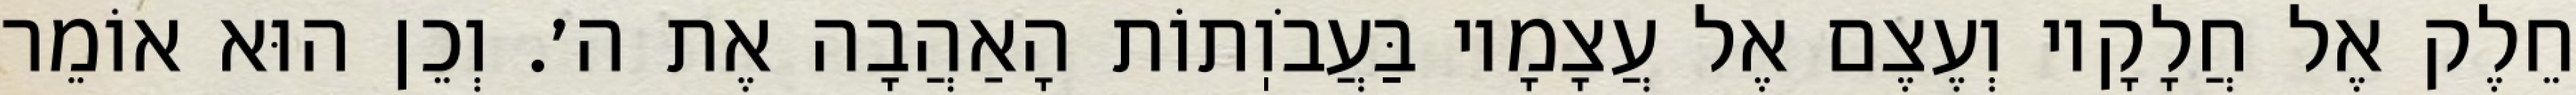
חֵלֶק אֶל חֲלָקָיו וְעֶצֶם אֶל עֲצָמָיו בַּעֲבֹוֽתוֹת הָאַהֲבָה אֶת ה׳. וְכֵן הוּא אוֹמֵר